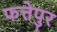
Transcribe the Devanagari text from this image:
फत्तेपुर